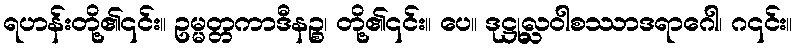
ရဟန်းတို့၏၎င်း။ ဥမ္မတ္တကာဒီနဉ္စ၊ တို့၏၎င်း။ ပေ။ ဒုဋ္ဌုလ္လဝါစဿာဒရာဂေါ၊ ဂ၎င်း။